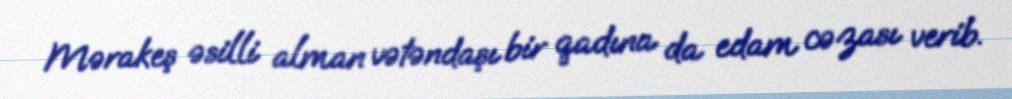
Mərakeş əsilli alman vətəndaşı bir qadına da edam cəzası verib.